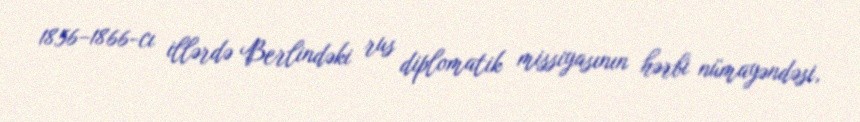
1856–1866-cı illərdə Berlindəki rus diplomatik missiyasının hərbi nümayəndəsi,